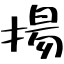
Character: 揚